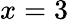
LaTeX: x=3